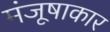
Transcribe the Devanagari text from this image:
मंजूषाकार